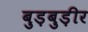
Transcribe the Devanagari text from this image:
बुड़बुड़ीर